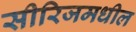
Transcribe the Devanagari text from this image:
सीरिजमधील